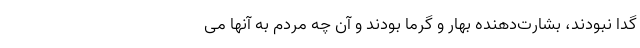
گدا نبودند، بشارت‌دهنده بهار و گرما بودند و آن چه مردم به آنها می